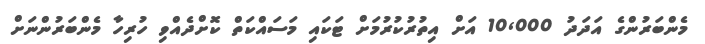
މެންބަރުންގެ އަދަދު 10